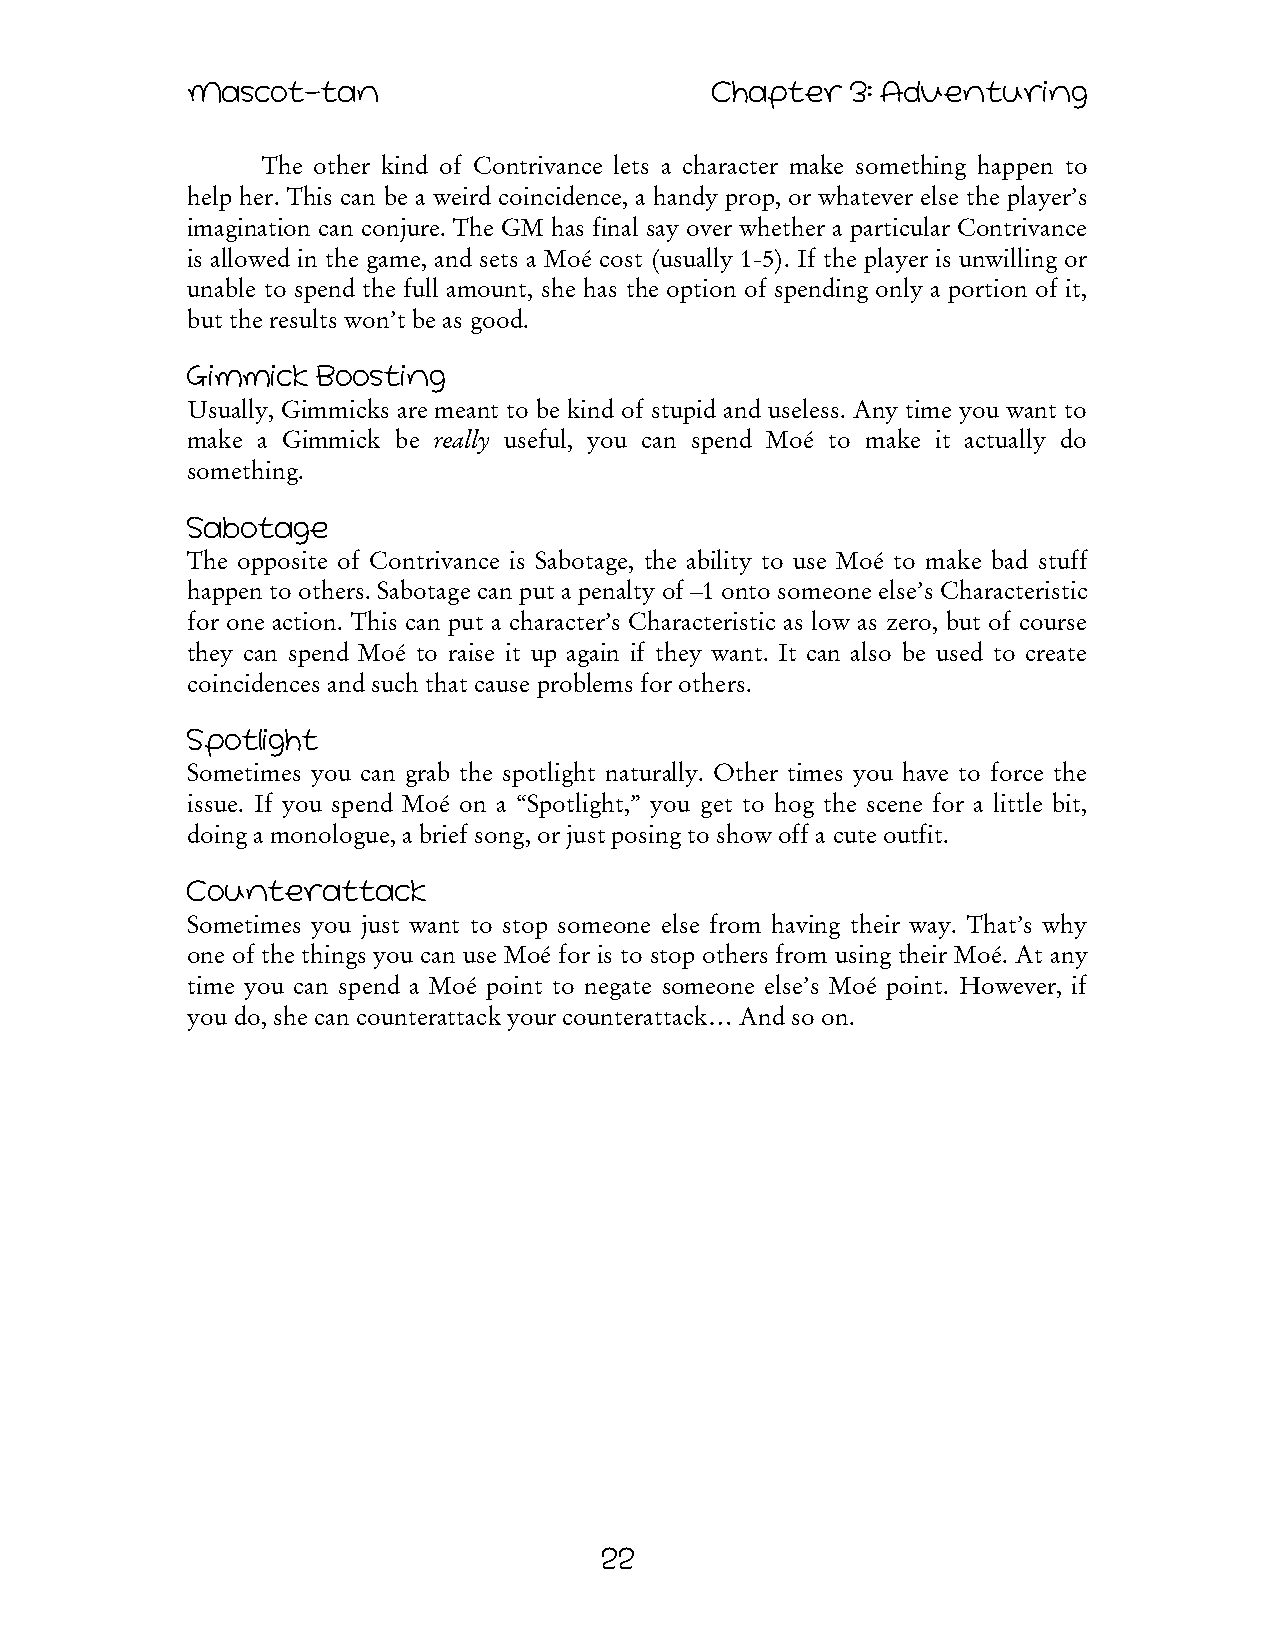
Mascot-tan                         Chapter  3: Adventuring
 The other kind of Contrivance lets a character make something happen to
 help her. This can be a weird coincidence, a handy prop, or whatever else the player’s
 imagination can conjure. The GM has final say over whether a particular Contrivance
 is allowed in the game, and sets a Moé cost (usually 1-5). If the player is unwilling or
 unable to spend the full amount, she has the option of spending only a portion of it,
 but the results won’t be as good.
 Gimmick  Boosting
 Usually, Gimmicks are meant to be kind of stupid and useless. Any time you want to
 make a Gimmick be really useful, you can spend Moé to make it actually do
 something.
 Sabotage
 The opposite of Contrivance is Sabotage, the ability to use Moé to make bad stuff
 happen to others. Sabotage can put a penalty of –1 onto someone else’s Characteristic
 for one action. This can put a character’s Characteristic as low as zero, but of course
 they can spend Moé to raise it up again if they want. It can also be used to create
 coincidences and such that cause problems for others.
 Spotlight
 Sometimes you can grab the spotlight naturally. Other times you have to force the
 issue. If you spend Moé on a “Spotlight,” you get to hog the scene for a little bit,
 doing a monologue, a brief song, or just posing to show off a cute outfit.
 Counterattack
 Sometimes you just want to stop someone else from having their way. That’s why
 one of the things you can use Moé for is to stop others from using their Moé. At any
 time you can spend a Moé point to negate someone else’s Moé point. However, if
 you do, she can counterattack your counterattack… And so on.
 22